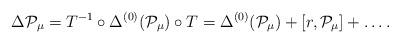
\begin{align*}\Delta {\cal P}_{\mu} = T^{-1} \circ \Delta^{(0)} ({\cal P}_\mu)\circ T = \Delta^{(0)} ({\cal P}_\mu) + [ r, {\cal P}_\mu] +\ldots .\end{align*}